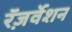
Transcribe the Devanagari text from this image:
रॅज़र्वेशन